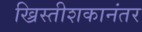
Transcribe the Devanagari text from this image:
ख्रिस्तीशकानंतर